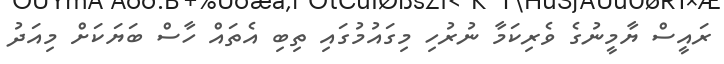
ރައީސް ޔާމީނުގެ ވެރިކަމާ ނުރުހި މިގައުމުގައި ތިބި އެތައް ހާސް ބަޔަކަށް މިއަދު